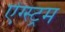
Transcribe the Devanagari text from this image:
ऐंग्स्ट्रम